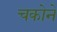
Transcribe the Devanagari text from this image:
चकोने